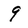
Character: 9